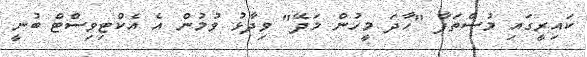
ކައިރީގައި މުސްތަފާ "ހާދަަ މީހުން މަދޭ" ވިދާޅު ވުމުން އެ އެކްޓިވިސްޓް ބުނީ